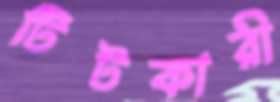
টিটকারী